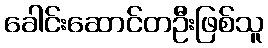
ခေါင်းဆောင်တဦးဖြစ်သူ